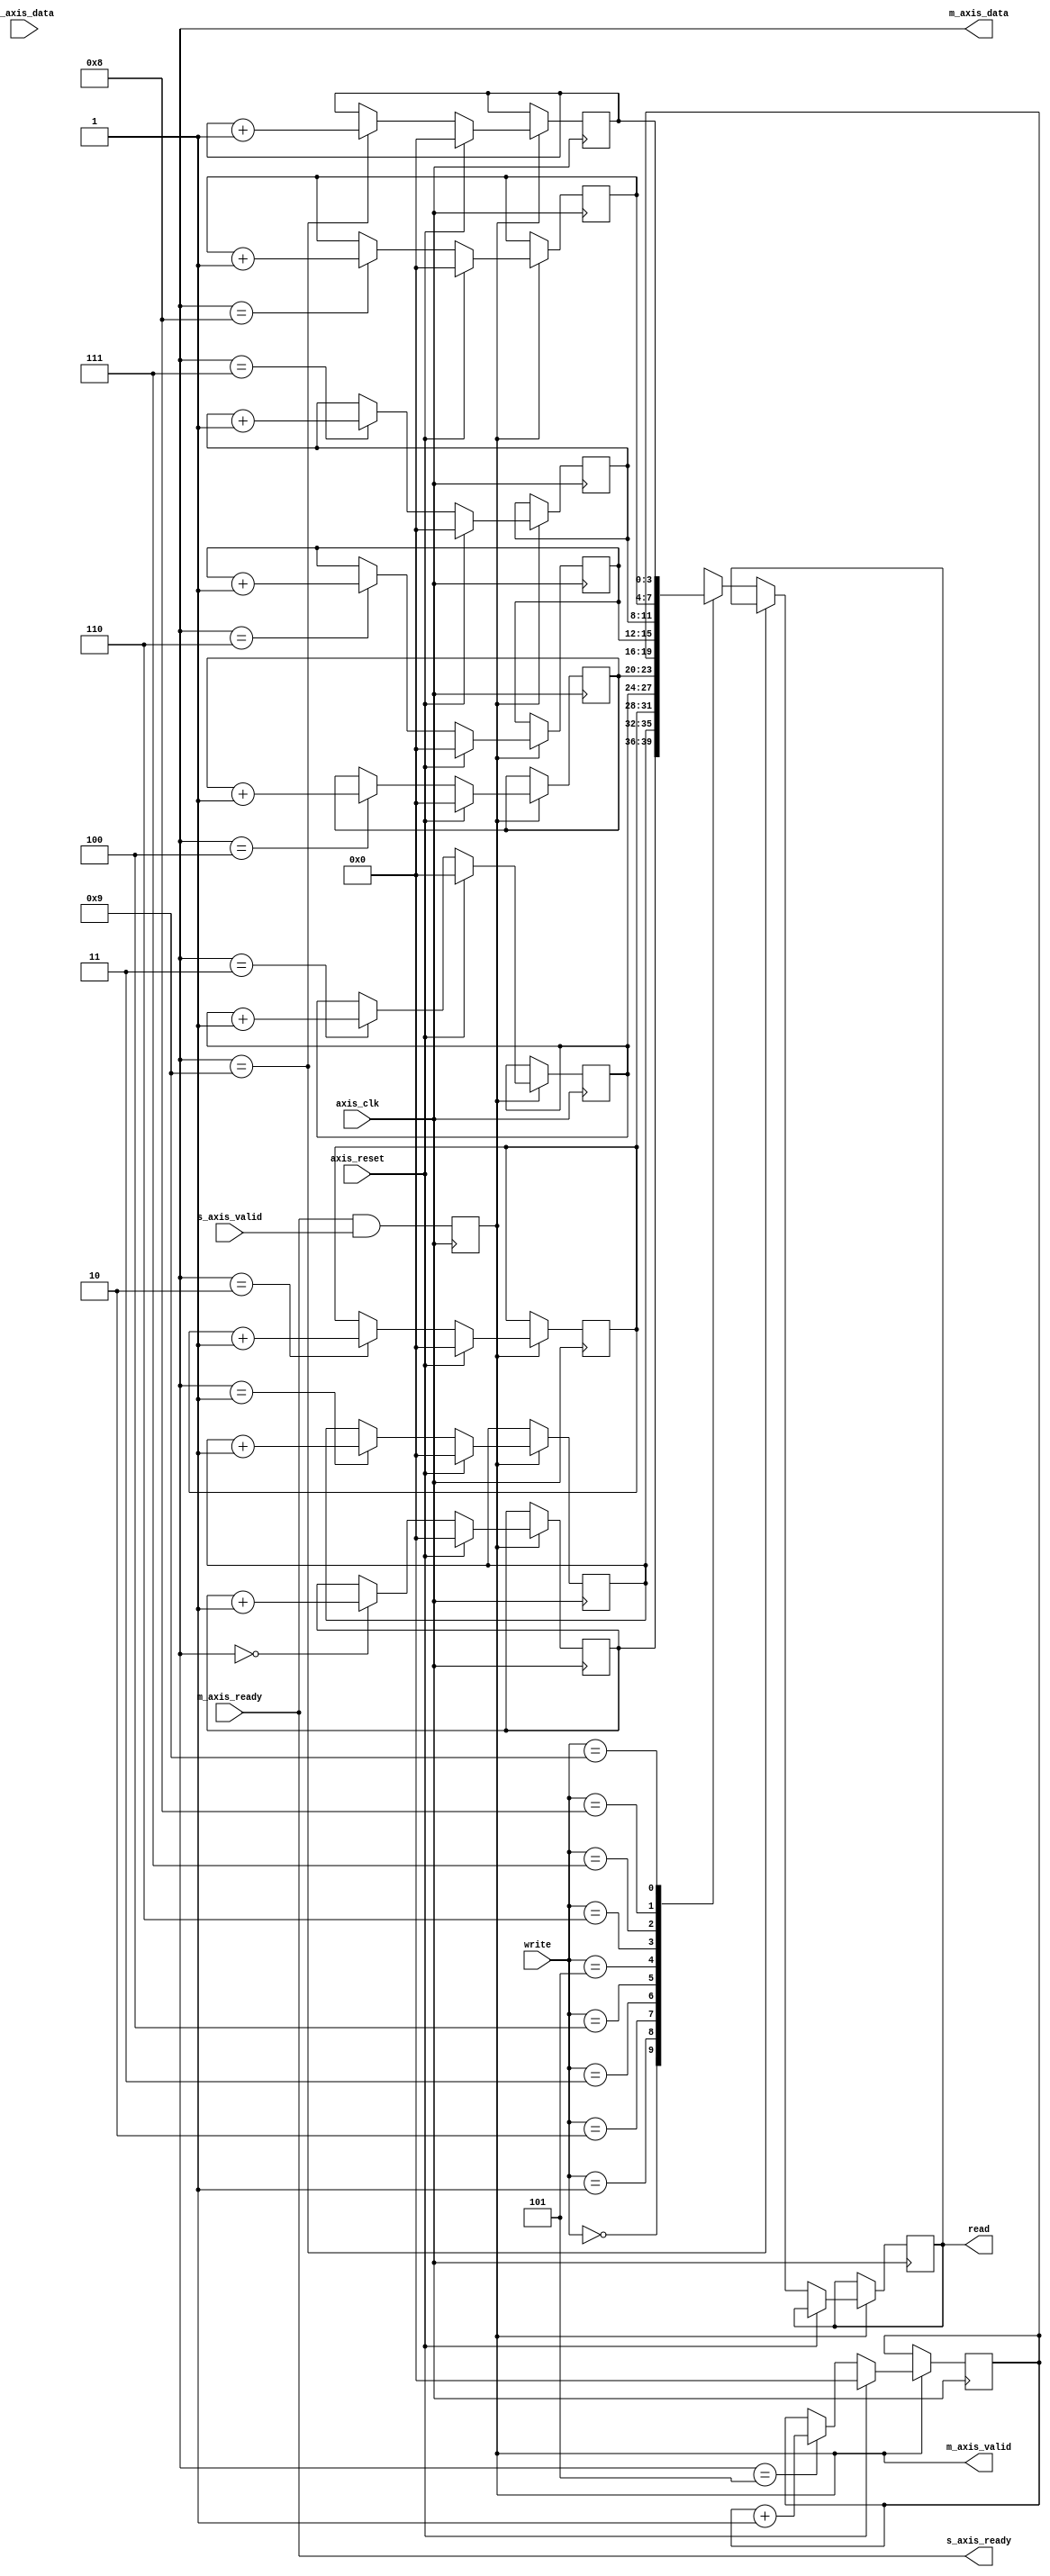
module lab_3
 (
	input axis_clk,
	input axis_reset,
	input [3:0] write,
	output reg [3:0] read, //read is the frequency of the number what we force in 'input write'
	//AXIS--Anvanced Extensible Interfase Stream-- slave
	input s_axis_valid,
	input [3:0] s_axis_data,
	output s_axis_ready,
	//AXIS--Anvanced Extensible Interfase Stream-- master 
	output reg m_axis_valid,
	output [3:0] m_axis_data,
	input m_axis_ready
 );
 
	assign s_axis_ready = m_axis_ready;
	
	reg [3:0] address [0:9];
	integer i;
	initial 
		for(i=0; i<10; i=i+1)
		begin
			address[i]=4'd0;
		end

	
	always @(posedge axis_clk) 
	begin
	if(m_axis_valid==1)
		begin
			if(axis_reset)
			begin
				for(i=0;i<10;i=i+1)
				begin
				address[i]=4'd0;
				end
			end 
			else begin 
				if(m_axis_data == 4'd0)
					address[4'd0] <= address[4'd0]+4'd1;
					if(m_axis_data == 4'd1) 
					address[4'd1] <= address[4'd1]+4'd1;
						if(m_axis_data == 4'd2) 
						address[4'd2] <= address[4'd2]+4'd1;
							if(m_axis_data == 4'd3)
							address[4'd3] <= address[4'd3]+4'd1;
								if(m_axis_data == 4'd4)
								address[4'd4] <= address[4'd4]+4'd1;	
									if(m_axis_data == 4'd5) 
									address[4'd5] <= address[4'd5]+4'd1;
										if(m_axis_data == 4'd6) 
										address[4'd6] <= address[4'd6]+4'd1;
											if(m_axis_data == 4'd7) 
											address[4'd7] <= address[4'd7]+4'd1;
												if(m_axis_data == 4'd8)
												address[4'd8] <= address[4'd8]+4'd1;
													if(m_axis_data == 4'd9)  
													address[4'd9] <= address[4'd9]+4'd1;
													else begin
													read <= address[write];
													end
			end									
	end	
	end
	//in order to master's valid to be high, slave's ready and valid should be high 
	always @(posedge axis_clk)
	begin 
		m_axis_valid <= s_axis_ready & s_axis_valid;
	end
	
	//if master's valid is high, then the data received is equal to the data transmitted 
//	always @(posedge axis_clk)
//	if(m_axis_valid)
//	begin 
//		s_axis_data = m_axis_data;
//	end
	
 
 endmodule